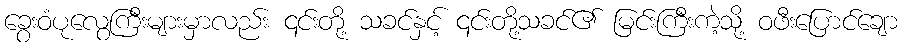
ခွေးဝံပုလွေကြီးများမှာလည်း ၎င်းတို့ သခင်နှင့် ၎င်းတို့သခင်၏ မြင်းကြီးကဲ့သို့ ဝဖီးပြောင်ချော